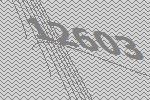
12603